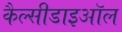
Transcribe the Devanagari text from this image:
कैल्सीडाइऑल